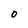
Character: 0